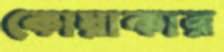
কোয়াকার